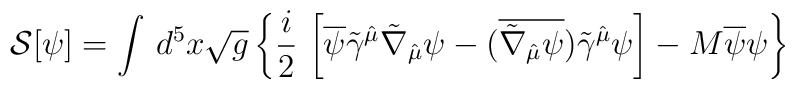
{\cal S}[\psi]=\int\, d^{5}x\sqrt{g}\left\{\frac{i}{2}\,\left[\overline{\psi}\tilde\gamma^{\hat\mu}\tilde\nabla_{\hat\mu}\psi-(\overline{\tilde\nabla_{\hat\mu}\psi})\tilde\gamma^{\hat\mu}\psi\right] -  M\overline{\psi}\psi\right\}